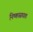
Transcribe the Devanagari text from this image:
निष्कासघात